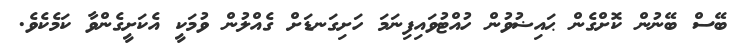
ބޭސް ބޭނުން ކޮށްގެން ޙައިޟުވުން ހުއްޓުވައިފިނަމަ ހަށިގަނޑަށް ގެއްލުން ވުމަކީ އެކަށީގެންވާ ކަމެކެވެ.